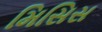
મિસિસ